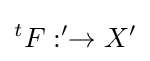
{}^{t}F:^{\prime }\to X^{\prime }